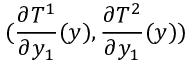
( \frac { \partial T ^ { 1 } } { \partial y _ { 1 } } ( y ) , \frac { \partial T ^ { 2 } } { \partial y _ { 1 } } ( y ) )